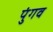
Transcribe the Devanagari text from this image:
पुंगव